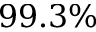
9 9 . 3 \%